Civil Veterinary Department. United Provinces 1912-22 - 1912-1922
Year: 1912
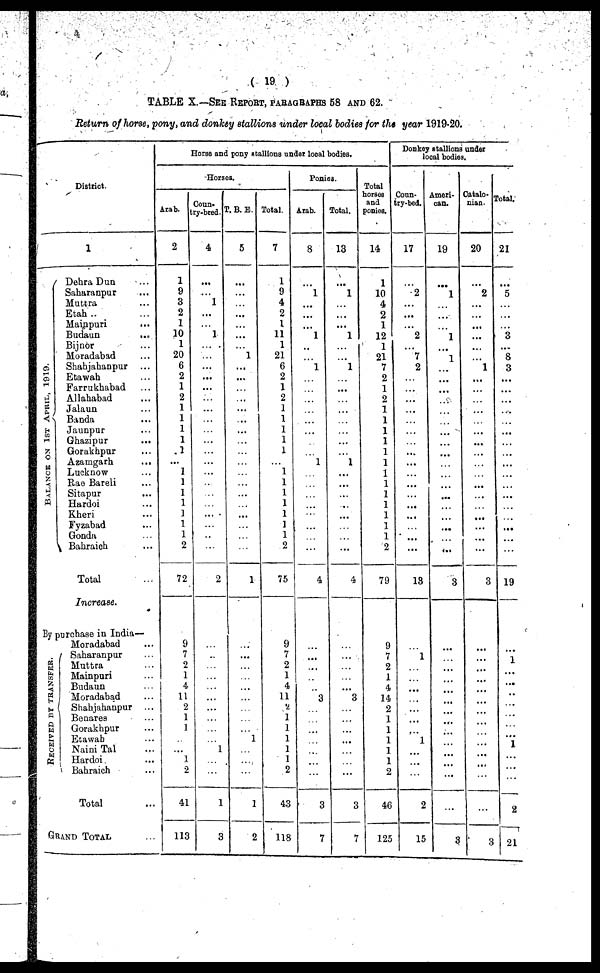
(19)
TABLE X.—SEE REPORT, PARAGRAPHS 58 AND 62.
Return of horse, pony, and donkey stallions under local bodies for the year 1919-20.
District.
1
Dehra Dun ...
Saharanpur ...
Muttra ..
Etah ...
Mainpuri ...
Budaun
...
Bijnor ...
Moradabad ...
Shahjahanpur ...
Etawah ...
Farrukhabad ...
Allahabad ...
Jalaun ...
Banda ...
Jaunpur ...
Ghazipur ...
Gorakhpar ...
Azamgarh
...
Lucknow ...
Rae Bareli ...
Sitapur ...
Hardoi ...
Kheri ...
Fyzabad ...
Gonda ...
Bahraich ...
Total ...
Increase.
purchase in India—
RECEIVED BY TRANSFER.
Moradabad ...
Saharanpur ...
Muttra ...
Mainpuri ...
Budaun ...
Moradabad ...
Shahjahaupur ...
Benares ...
Gorakhpur ...
Etawah ...
Naini Tal ...
Hardoi. ...
Bahraich ...
Total ...
GRAND TOTAL ...
Horse and pony stallions under local bodies.
Horses.
Arab.
2
1
9
3
2
1
10
1
20
6
2
1
2
1
1
1
1
.1
...
1
1
1
1
1
1
1
2
72
9
7
2
1
4
11 2
1
1
...
......
1 2
41
113
Coun-
try-bred.
4
...
...
1
...
...
1
...
...
...
...
...
...
...
...
...
...
...
...
...
...
...
...
...
...
...
...
2
...
...
...
...
...
...
... ...
...
...
1
...
...
1
3
P. B. E.
5
...
...
...
...
...
...
1
...
...
...
...
...
...
...
...
...
...
...
...
...
...
...
...
...
...
1
...
...
...
...
...
...
...
...
...
1
...
...
...
1
2
Total.
7
1
9
4
2
1
11
1
21
6
2
1
2
1
1
1
1
1
...
1
1
1
1
1
1
1
2
75
9
7
2
1
4
11
2
1
1
1
1
1
2
43
118
Ponies.
Arab.
8
...
1
...
...
...
1
....
...
1
...
...
...
...
...
...
...
...
1
...
...
...
...
...
...
...
...
4
...
...
...
...
...
3
..
...
...
...
...
...
...
3
7
Total.
13
...
1
...
...
...
1
...
...
1
...
...
...
...
...
...
...
...
1
...
...
...
...
...
...
...
...
4
...
...
...
...
...
3
...
...
...
...
...
...
...
3
7
Total
horses
and
ponies.
14
1
10
4
2
1
12
...
21
...
...
...
...
...
...
...
1
...
...
...
...
...
...
...
...
...
2
79
9
7
2
1
4
14
2
1
1
1
1
1
2
46
125
Donkey stallions under
local bodies.
Conn-
try-bed.
17
2
...
...
...
2
...
7
2
...
...
...
...
...
...
...
...
...
...
...
...
...
......
...
...
...
13
...
1
...
...
...
...
...
...
...
1
...
...
...
2
15
Ameri-
can.
19
...
1
...
...
...
1
...
1
...
...
...
...
...
...
...
...
...
...
...
...
...
...
...
...
...
...
3
...
...
...
...
...
...
...
...
...
...
...
...
...
...
3
Catalo-
nian-
20
...
2
...
...
...
...
...
...
1
...
...
..
...
...
...
...
...
...
...
...
...
...
...
...
...
...
3
...
...
...
...
...
...
...
...
...
...
...
...
...
...
3
Total
21
...
5
..
...
...
3
...
8
3
...
...
...
...
...
...
...
...
...
...
...
...
...
...
...
...
...
19
..
1
..
...
...
...
...
...
...
1
...
...
...
2
21